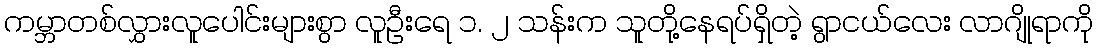
ကမ္ဘာတစ်လွှားလူပေါင်းများစွာ လူဦးရေ ၁. ၂ သန်းက သူတို့နေရပ်ရှိတဲ့ ရွာငယ်လေး လာဂျိုရာကို